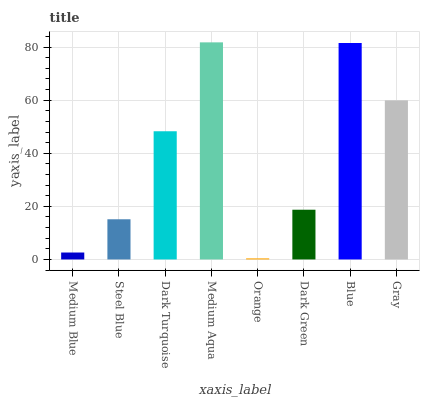
| xaxis_label | bars |
 | --- | --- |
 | Medium Blue | 2.62 |
 | Steel Blue | 15.1 |
 | Dark Turquoise | 48.3 |
 | Medium Aqua | 81.8 |
 | Orange | 0.413 |
 | Dark Green | 18.7 |
 | Blue | 81.5 |
 | Gray | 59.9 |